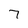
Character: 7